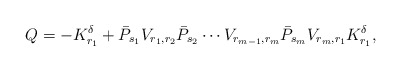
\begin{align*}Q=-K^{\delta}_{r_1}+\bar{P}_{s_1}V_{r_1,r_2}\bar{P}_{s_2}\cdots V_{r_{m-1},r_m}\bar{P}_{s_m}V_{r_m,r_1}K^\delta_{r_1},\end{align*}